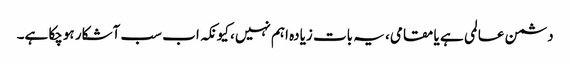
دشمن عالمی ہے یا مقامی، یہ بات زیادہ اہم نہیں، کیونکہ اب سب آشکار ہوچکا ہے۔